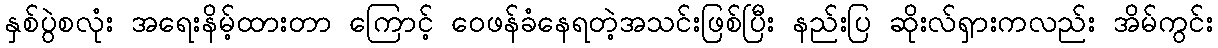
နှစ်ပွဲစလုံး အရေးနိမ့်ထားတာ ကြောင့် ဝေဖန်ခံနေရတဲ့အသင်းဖြစ်ပြီး နည်းပြ ဆိုးလ်ရှားကလည်း အိမ်ကွင်း